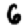
Digit: 6